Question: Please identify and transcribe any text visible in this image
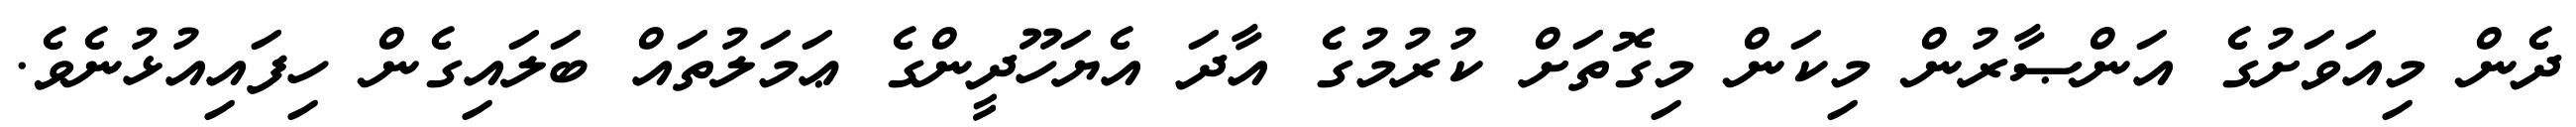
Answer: ދެން މިއަވަށުގެ އަންޞާރުން މިކަން މިގޮތަށް ކުރުމުގެ އާދަ އެޔަހޫދީންގެ ޢަމަލުތައް ބަލައިގެން ހިފައިއުޅުނެވެ.